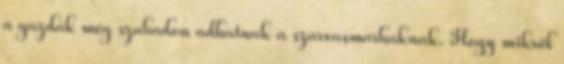
a gazdák még szabadon adhatnak a szarvasmarháknak. Hogy mikről